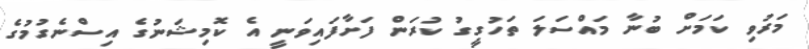
މަރުވި ކަމަށް ބުނާ މައްސަލަ ތަހުގީގު ކުރަން ފަށާފައިވަނީ އެ ކޮމިޝަނުގެ އިސްނެގުމުގެ